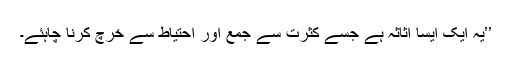
’’یہ ایک ایسا اثاثہ ہے جسے کثرت سے جمع اور احتیاط سے خرچ کرنا چاہئے۔